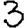
Digit: 3